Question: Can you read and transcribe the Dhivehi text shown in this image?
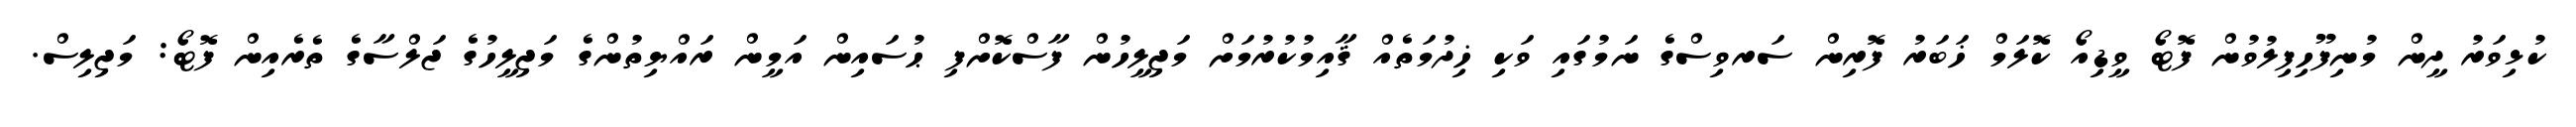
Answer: ކުޅިވަރު ދީން މުނިފޫހިފިލުވުން ފޮޓޯ ވީޑިއޯ ކޮލަމް ޚަބަރު ފޮރިން ސަރވިސްގެ ނަމުގައި ވަކި ޚިދުމަތެއް ޤާއިމުކުރުމަށް މަޖިލީހުން ފާސްކޮށްފި ޙުސައިން އަމީން ރައްޔިތުންގެ މަޖިލީހުގެ ޖަލްސާގެ ތެރެއިން ފޮޓޯ: މަޖިލިސް.